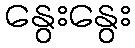
နွေးနွေး